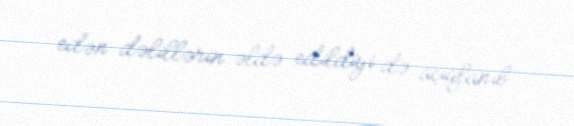
edən dəlillərin əldə edildiyi də açıqlanıb.